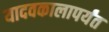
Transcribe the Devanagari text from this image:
यादवकालापर्यंत